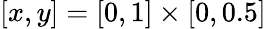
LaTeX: [x,y]=[0,1]\times[0,0.5]